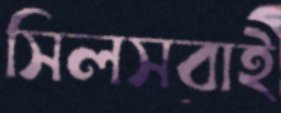
সিলসবাই